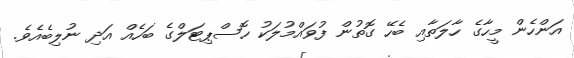
އަންހެން މީހާގެ ހާލަތާއި ބެހޭ ގޮތުން ފުވައްމުލަކު ހޮސްޕިޓަލްގެ ބަހެއް އަދި ނުލިބެއެވެ.